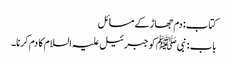
کتاب: دم جھاڑ کے مسائل
باب : نبیﷺ کو جبرئیل علیہ السلام کا دم کرنا۔